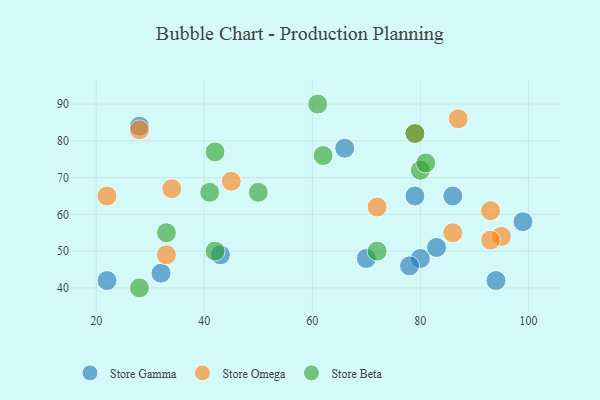
{"axis": {"x": "GDP", "y": "Life Expectancy"}, "legend": ["Store Beta", "Store Gamma", "Store Omega"], "data": [{"x": "79", "y": 65, "type": "Store Gamma"}, {"x": "43", "y": 49, "type": "Store Gamma"}, {"x": "80", "y": 48, "type": "Store Gamma"}, {"x": "99", "y": 58, "type": "Store Gamma"}, {"x": "78", "y": 46, "type": "Store Gamma"}, {"x": "22", "y": 42, "type": "Store Gamma"}, {"x": "94", "y": 42, "type": "Store Gamma"}, {"x": "32", "y": 44, "type": "Store Gamma"}, {"x": "28", "y": 84, "type": "Store Gamma"}, {"x": "83", "y": 51, "type": "Store Gamma"}, {"x": "70", "y": 48, "type": "Store Gamma"}, {"x": "66", "y": 78, "type": "Store Gamma"}, {"x": "86", "y": 65, "type": "Store Gamma"}, {"x": "72", "y": 62, "type": "Store Omega"}, {"x": "34", "y": 67, "type": "Store Omega"}, {"x": "93", "y": 61, "type": "Store Omega"}, {"x": "79", "y": 82, "type": "Store Omega"}, {"x": "86", "y": 55, "type": "Store Omega"}, {"x": "95", "y": 54, "type": "Store Omega"}, {"x": "45", "y": 69, "type": "Store Omega"}, {"x": "28", "y": 83, "type": "Store Omega"}, {"x": "87", "y": 86, "type": "Store Omega"}, {"x": "93", "y": 53, "type": "Store Omega"}, {"x": "22", "y": 65, "type": "Store Omega"}, {"x": "33", "y": 49, "type": "Store Omega"}, {"x": "50", "y": 66, "type": "Store Beta"}, {"x": "72", "y": 50, "type": "Store Beta"}, {"x": "79", "y": 82, "type": "Store Beta"}, {"x": "42", "y": 50, "type": "Store Beta"}, {"x": "42", "y": 77, "type": "Store Beta"}, {"x": "28", "y": 40, "type": "Store Beta"}, {"x": "33", "y": 55, "type": "Store Beta"}, {"x": "62", "y": 76, "type": "Store Beta"}, {"x": "80", "y": 72, "type": "Store Beta"}, {"x": "61", "y": 90, "type": "Store Beta"}, {"x": "81", "y": 74, "type": "Store Beta"}, {"x": "41", "y": 66, "type": "Store Beta"}]}